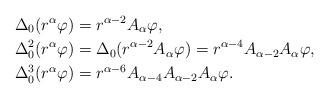
LaTeX: \begin{align*} \Delta_0(r^\alpha\varphi) &= r^{\alpha-2}A_\alpha\varphi, \\ \Delta_0^2(r^\alpha\varphi) &= \Delta_0(r^{\alpha-2}A_\alpha\varphi)=r^{\alpha-4}A_{\alpha-2}A_\alpha\varphi, \\ \Delta_0^3(r^\alpha\varphi) &= r^{\alpha-6}A_{\alpha-4}A_{\alpha-2}A_\alpha\varphi.\end{align*}